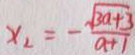
x _ { 2 } = - \frac { \sqrt { 3 a + 3 } } { a + 1 }